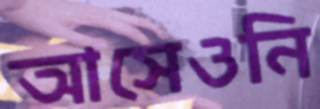
আসেওনি